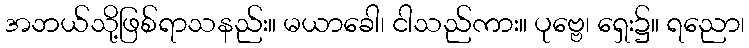
အဘယ်သို့ဖြစ်ရာသနည်း။ မယာခေါ၊ ငါသည်ကား။ ပုဗ္ဗေ၊ ရှေး၌။ ရညော၊